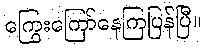
ကြွေးကြော်နေကြပြန်ပြီ။